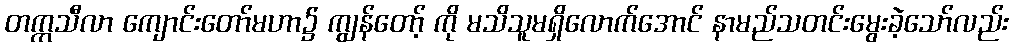
တက္ကသီလာ ကျောင်းတော်မဟာ၌ ကျွန်တော့် ကို မသိသူမရှိလောက်အောင် နာမည်သတင်းမွေးခဲ့သော်လည်း